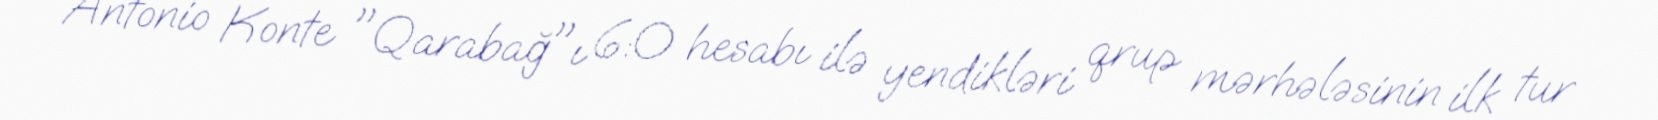
Antonio Konte "Qarabağ"ı 6:0 hesabı ilə yendikləri qrup mərhələsinin ilk tur